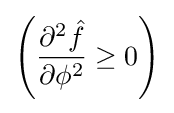
\left({\frac {\partial ^{2}{\hat {f}}}{\partial \phi ^{2}}}\geq 0\right)